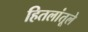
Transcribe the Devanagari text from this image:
हितलांतूले